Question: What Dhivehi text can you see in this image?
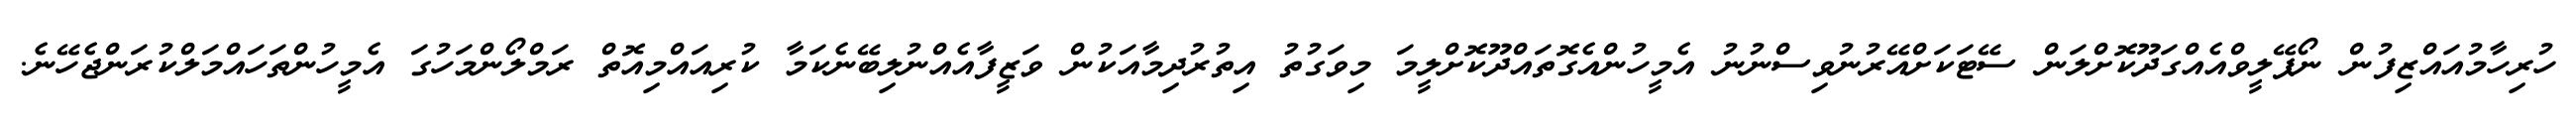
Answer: ހުރިހާމުއައްޒިފުން ނޯޕޭލީވްއެއްގަދޫކޮށްލަން ސޭޓަކަށްއޭރުނުވިސްނުނު އެމީހުންއެގޮތައްދޫކޮށްލީމަ މިވަގުތު އިތުރުދިމާއަކުން ވަޒީފާއެއްނުލިބޭނެކަމާ ކުރިއައްމިއޮތް ރަމްލޯންމަހުގަ އެމީހުންތަހައްމަލްކުރަންޖެހޭނެ.